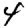
Digit: 4